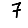
Digit: 7